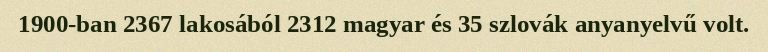
1900-ban 2367 lakosából 2312 magyar és 35 szlovák anyanyelvű volt.